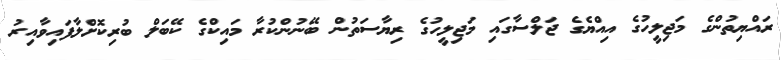
ރައްޔިތުންގެ މަޖިލީހުގެ އިއްޔެގެ ޖަލްސާގައި މަޖިލީހުގެ ރިޔާސަތުން ބޭނުންކުރާ މައިކްގެ ކޭބަލް ބުރިކޮށްލާފައިވާއިރު